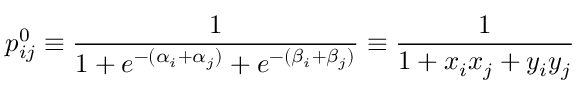
p _ { i j } ^ { 0 } \equiv \frac { 1 } { 1 + e ^ { - ( \alpha _ { i } + \alpha _ { j } ) } + e ^ { - ( \beta _ { i } + \beta _ { j } ) } } \equiv \frac { 1 } { 1 + x _ { i } x _ { j } + y _ { i } y _ { j } }